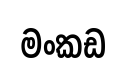
මංකඩ